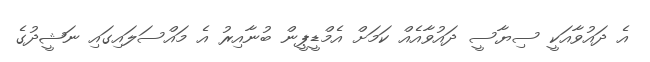
އެ ދައުވާއަކީ ސިޔާސީ ދައުވާއެއް ކަމަށް އެމްޑީޕީން ބުނާއިރު އެ މައްސަލައިގައި ނަޝީދުގެ